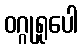
ဝဂ္ဂုရူပေါ